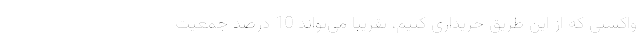
واکسنی که از این طریق خریداری کنیم، تقریباً می‌تواند 10 درصد جمعیت